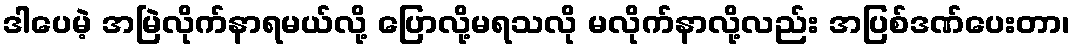
ဒါပေမဲ့ အမြဲလိုက်နာရမယ်လို့ ပြောလို့မရသလို မလိုက်နာလို့လည်း အပြစ်ဒဏ်ပေးတာ၊